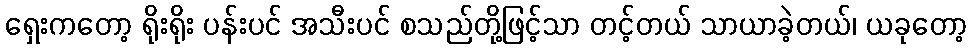
ရှေးကတော့ ရိုးရိုး ပန်းပင် အသီးပင် စသည်တို့ဖြင့်သာ တင့်တယ် သာယာခဲ့တယ်၊ ယခုတော့